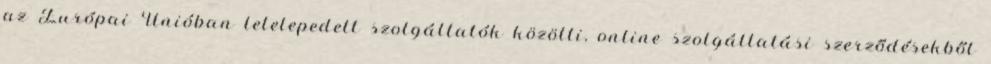
az Európai Unióban letelepedett szolgáltatók közötti, online szolgáltatási szerződésekből